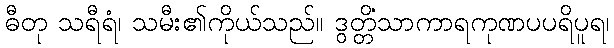
ဓီတု သရီရံ၊ သမီး၏ကိုယ်သည်။ ဒွတ္တိံသာကာရကုဏပပရိပူရ၊